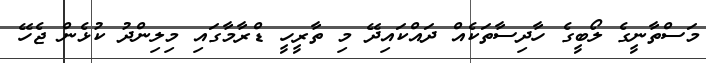
މަސްތާނީގެ ލޯބީގެ ހާދިސާތަކެއް ދައްކައިދޭ މި ތާރީހީ ޑްރާމާގައި މިލިންދު ކުޅެން ޖެހޭ